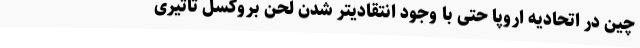
چین در اتحادیه اروپا حتی با وجود انتقادیتر شدن لحن بروکسل تاثیری